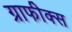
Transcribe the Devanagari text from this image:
ग्राफीक्स